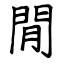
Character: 閒